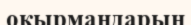
оқырмандарын